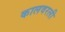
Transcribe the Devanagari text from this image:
कालवरली